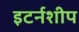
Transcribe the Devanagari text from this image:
इटर्नशीप